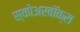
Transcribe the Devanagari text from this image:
स्कोअरबॉक्स